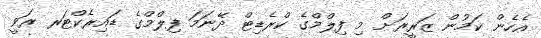
އެހެން ކަމުން ޒަރީރަށް މި ފިލްމްގެ ކްރެޑިޓް ދޭނަމަ ފިލްމްގެ ޑައިރެކްޓަރ ރަވީ